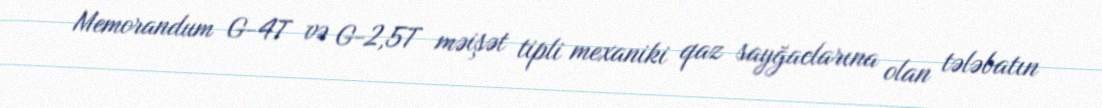
Memorandum G-4T və G-2,5T məişət tipli mexaniki qaz sayğaclarına olan tələbatın